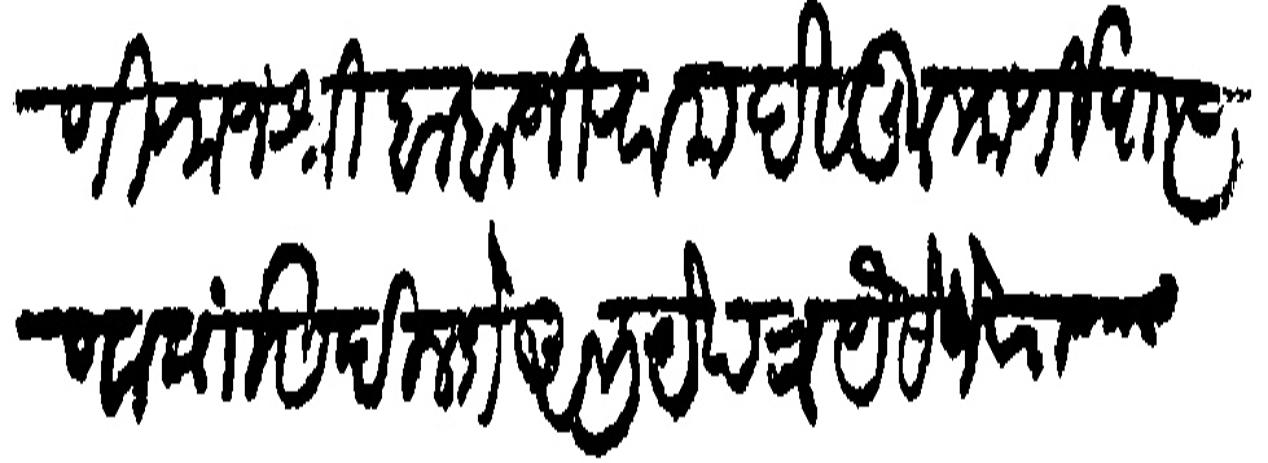
Transliteration (Devanagari): याणी राजश्री बाबाजी राम देसकुलकर्णी पाा पुणा यासी दिल्हे अभयेपत्र येसेजे राजश्री रामाजीपंती